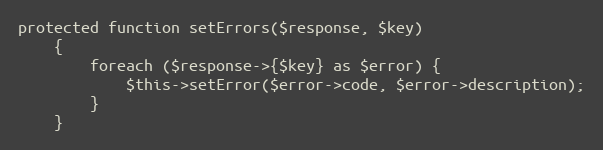
Language: PHP
protected function setErrors($response, $key)
    {
        foreach ($response->{$key} as $error) {
            $this->setError($error->code, $error->description);
        }
    }